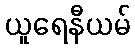
ယူရေနီယမ်